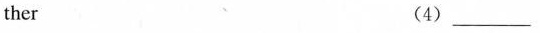
ther (4)___